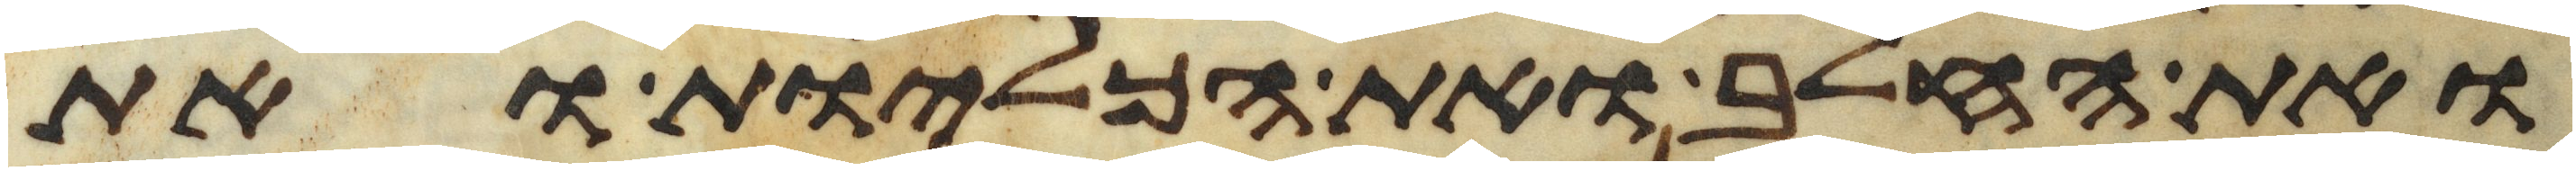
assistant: ואת החלב ואת הכליות ואת